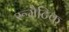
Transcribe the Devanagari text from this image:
रूमैटिक